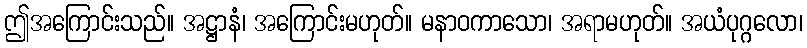
ဤအကြောင်းသည်။ အဋ္ဌာနံ၊ အကြောင်းမဟုတ်။ မနာဝကာသော၊ အရာမဟုတ်။ အယံပုဂ္ဂလော၊